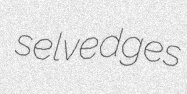
selvedges